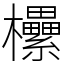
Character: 欙